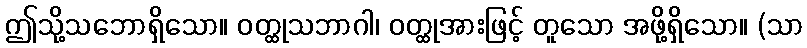
ဤသို့သဘောရှိသော။ ဝတ္ထုသဘာဂါ၊ ဝတ္ထုအားဖြင့် တူသော အဖို့ရှိသော။ (သာ